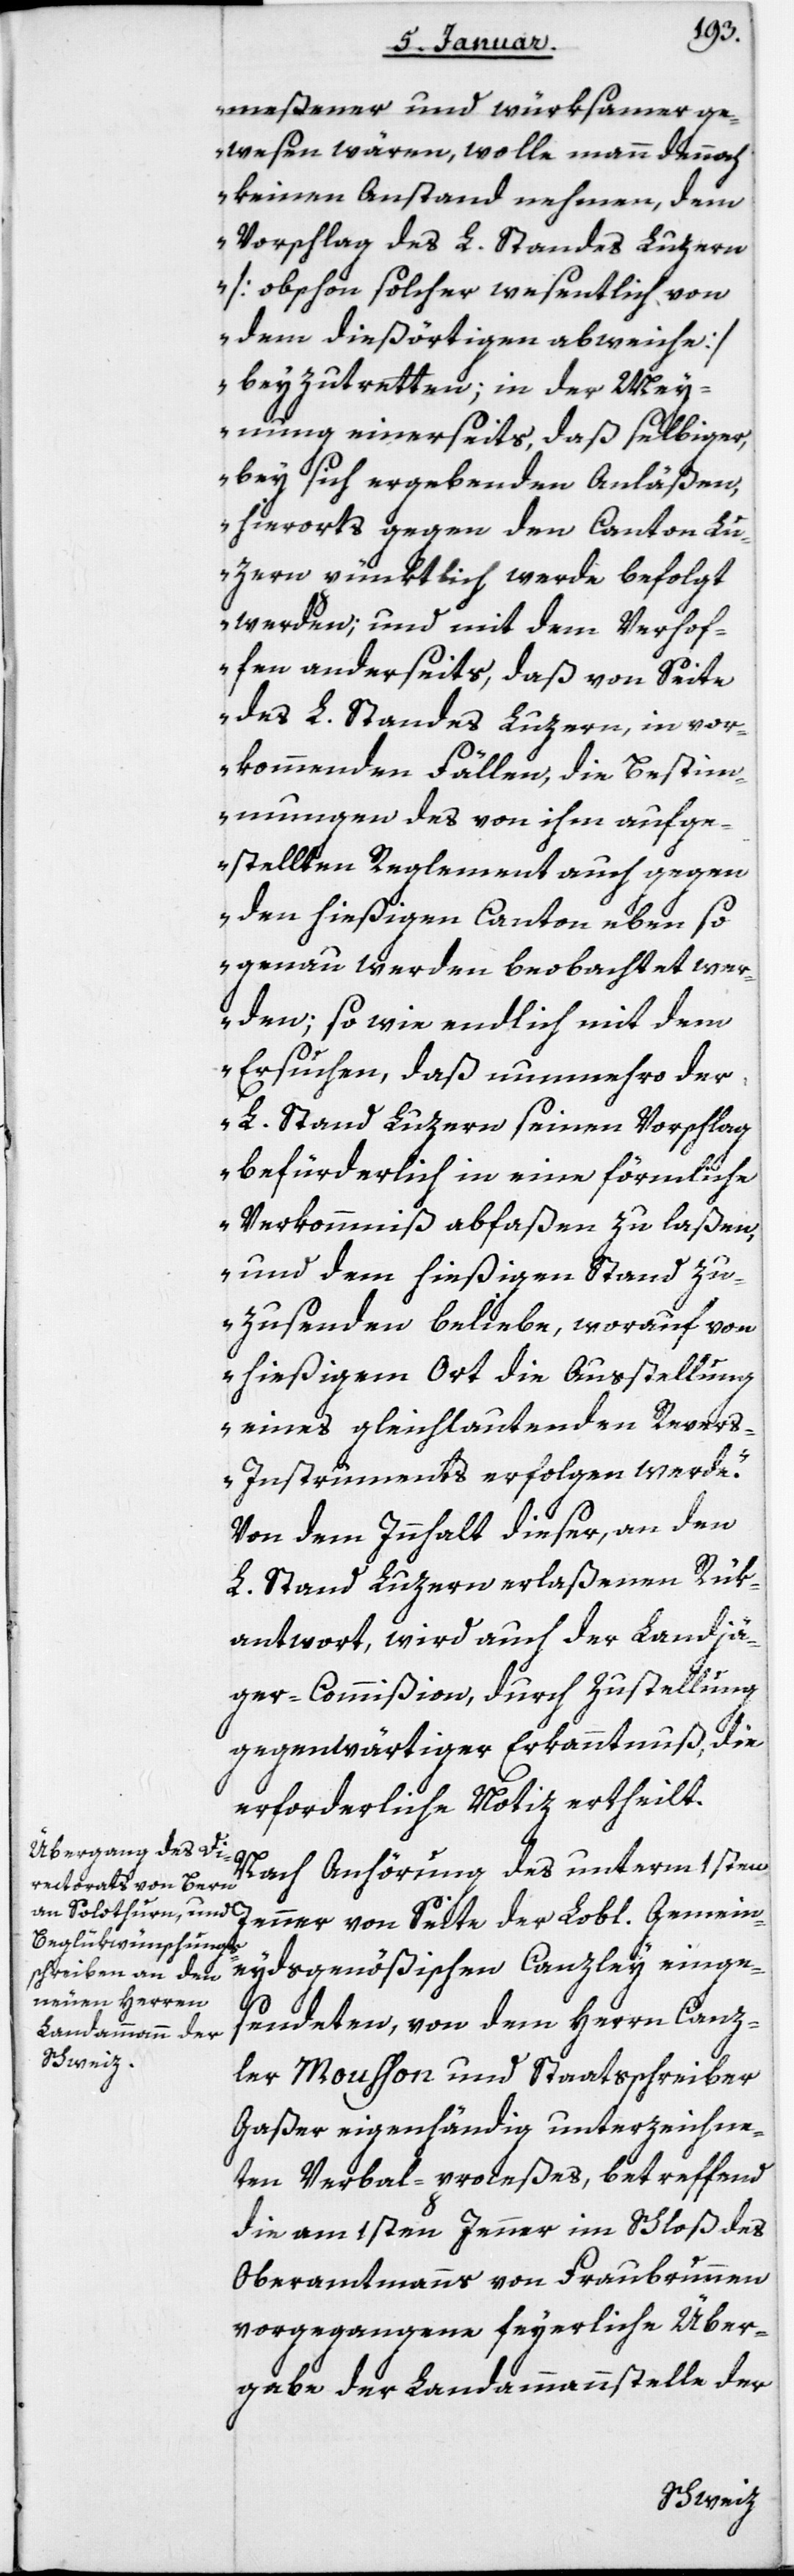
meßener und würksamer ge¬
wesen wären, wolle mann dennoch
keinen Anstand nehmen, dem
Vorschlag des L. Standes Luzern
(obschon solcher wesentlich von
dem diesörtigen abweiche)
beyzutretten; in der Mey¬
nung einerseits, daß selbiger,
bey sich ergebenden Anläßen,
hierorts gegen den Canton Lu¬
zern pünktlich werde befolgt
werden, und mit dem Verhof¬
fen anderseits, daß von Seite
des L. Standes Luzern, in vor¬
kommenden Fällen, die Bestim¬
mungen des von ihm aufge¬
stellten Reglement auch gegen
den hießigen Canton ebenso
genau werden beobachtet wer¬
den; sowie endlich mit dem
Ersuchen, daß nunmehro der
L. Stand Luzern seinen Vorschlag
befürderlich in eine förmliche
Verkommniß abfaßen zu laßen,
und dem hießigen Stand zu¬
zusenden beliebe, worauf von
hießigem Ort die Ausstellung
eines gleich lautenden Rever¬
s-Instruments erfolgen werde“.
Von dem Innhalt dieser, an den
L. Stand Luzern erlaßenen Rük¬
antwort, wird auch der Landjä¬
ger-Commißion, durch Zustellung
gegenwärtiger Erkanntnuß die
erforderliche Notiz ertheilt.
Nach Anhörung des unterm 1sten
eidsgenößischen Canzley einge¬
sendeten, von dem Herrn Canz¬
Gemein¬
ler Moußon und Staatsschreiber
Gaßer eigenhändig unterzeichne¬
ten Verbal-proceßes, betreffend
die am 1sten Jenner im Schloß des
Oberamtmanns von Fraubrunnen
vorgegangene feyerliche Über¬
gabe der Landammannstelle der